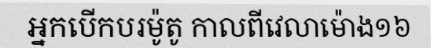
អ្នកបើកបរម៉ូតូ កាលពីវេលាម៉ោង១៦